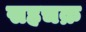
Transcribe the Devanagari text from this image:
सहचक्र